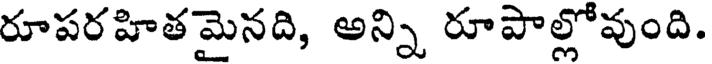
రూపరహితమైనది, అన్ని రూపాల్లోవుంది.